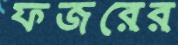
ফজরের